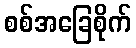
စစ်အခြေစိုက်